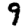
Digit: 9